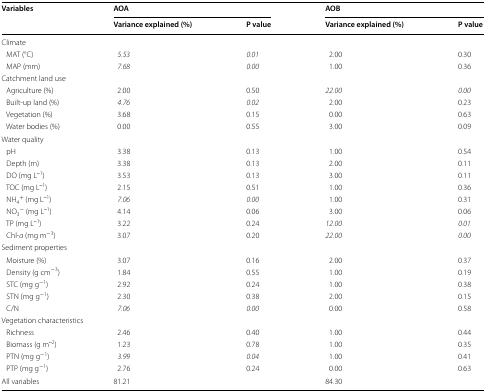
| <ROWSPAN=2> Variables | <COLSPAN=2> AOA | <COLSPAN=2> AOB |
 | Variance explained (%) | P value | Variance explained (%) | P value |
 | --- | --- | --- | --- | --- |
 | <COLSPAN=5> Climate |
 | MAT (°C) | 5.53 | 0.01 | 2.00 | 0.30 |
 | MAP (mm) | 7.68 | 0.00 | 1.00 | 0.36 |
 | <COLSPAN=5> Catchment land use |
 | Agriculture (%) | 2.00 | 0.50 | 22.00 | 0.00 |
 | Built-up land (%) | 4.76 | 0.02 | 2.00 | 0.23 |
 | Vegetation (%) | 3.68 | 0.15 | 0.00 | 0.63 |
 | Water bodies (%) | 0.00 | 0.55 | 3.00 | 0.09 |
 | <COLSPAN=5> Water quality |
 | pH | 3.38 | 0.13 | 1.00 | 0.54 |
 | Depth (m) | 3.38 | 0.13 | 2.00 | 0.11 |
 | DO (mg L‒1) | 3.53 | 0.13 | 3.00 | 0.11 |
 | TOC (mg L‒1) | 2.15 | 0.51 | 1.00 | 0.36 |
 | NH4+ (mg L‒1) | 7.06 | 0.00 | 1.00 | 0.31 |
 | NO3− (mg L‒1) | 4.14 | 0.06 | 3.00 | 0.06 |
 | TP (mg L‒1) | 3.22 | 0.24 | 12.00 | 0.01 |
 | Chl-a (mg m−3) | 3.07 | 0.20 | 22.00 | 0.00 |
 | <COLSPAN=5> Sediment properties |
 | Moisture (%) | 3.07 | 0.16 | 2.00 | 0.37 |
 | Density (g cm−3) | 1.84 | 0.55 | 1.00 | 0.19 |
 | STC (mg g−1) | 2.92 | 0.24 | 1.00 | 0.38 |
 | STN (mg g−1) | 2.30 | 0.38 | 2.00 | 0.15 |
 | C/N | 7.06 | 0.00 | 0.00 | 0.58 |
 | <COLSPAN=5> Vegetation characteristics |
 | Richness | 2.46 | 0.40 | 1.00 | 0.44 |
 | Biomass (g m‒2) | 1.23 | 0.78 | 1.00 | 0.35 |
 | PTN (mg g−1) | 3.99 | 0.04 | 1.00 | 0.41 |
 | PTP (mg g−1) | 2.76 | 0.24 | 0.00 | 0.63 |
 | All variables | 81.21 |  | 84.30 |  |